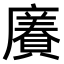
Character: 𧷫